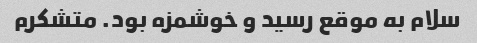
سلام به موقع رسید و خوشمزه بود. متشکرم